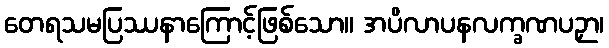
တေရသမပြဿနာကြောင့်ဖြစ်သော။ အပိလာပနလက္ခဏပဉှာ၊